Lunatic asylums United Provinces 1909-1921 - 1909-1921
Year: 1909
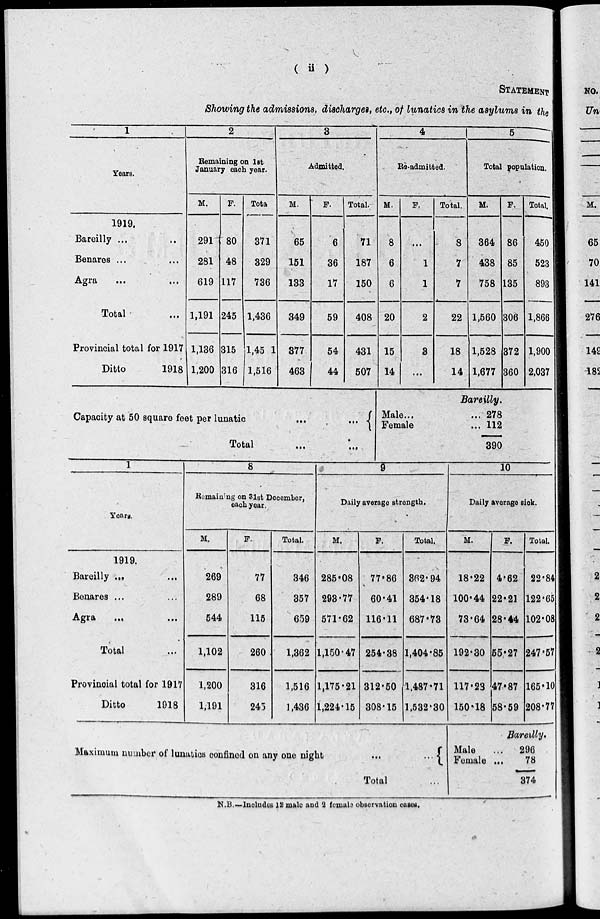
( ii )
STATEMENT
Showing the admissions, discharges, etc., of lunatics in the asylums in the
1
Years.
1919.
Bareilly ... ..
Benares ... ...
Agra
...
...
Total ...
Provincial total for 1917
Ditto
1918
2
Remaining on 1st
January each year.
M.
291
281
619
1,191
1,136
1,200
F.
80
48
117
245
315
316
Total.
371
329
736
1,436
1,45 1
1,516
3
Admitted.
M.
65
151
133
349
377
463
F.
6
36
17
59
54
44
Total.
71
187
150
408
431
507
Capacity at 50 square feet per lunatic
...
...
Total ... ...
4
Re-admitted.
M.
8
6
6
20
15
14
F.
...
1
1
2
3
...
Total.
8
7
7
22
18
14
5
Total population.
M.
364
438
758
1,560
1,528
1,677
F.
86
85
135
306
372
360
Total.
450
523
893
1,866
1,900
2,037
Bareilly.
Male... ...
Female ...
278
112
390
1
Years.
1919.
Bareilly ... ...
Benares ... ...
Agra ... ...
Total ...
Provincial total for 1917
Ditto
1918
8
Remaining on 31st December,
each year.
M.
269
289
544
1,102
1,200
1,191
F.
77
68
115
260
316
245
Total.
346
357
659
1,362
1,516
1,436
9
Daily average strength.
M.
285.08
293.77
571.62
1,150.47
1,175.21
1,224.15
F.
77.86
60.41
116.11
254.38
312.50
308.15
Total.
862.94
354.18
687.73
1,404.85
1,487.71
1,532.30
Maximum number of lunatics confined on any one night
...
...
Total ...
10
Daily average sick.
M.
18.22
100.44
73.64
192.30
117.23
150.18
F.
4.62
22.21
28.44
55.27
47.87
58.59
Total.
22.84
122.65
102.08
247.57
165.10
208.77
Bareilly.
Male
Female
...
296
... 78
374
N.B.—Includes 12 male and 2 females observation cases.